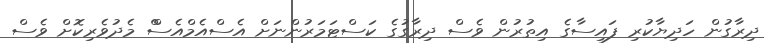
ދިރާގުން ހަދިޔާކުރި ފައިސާގެ އިތުރުން ވެސް ދިރާގުގެ ކަސްޓަމަރުންނަށް އެސްއެމްއެސްް މެދުވެރިކޮށް ވެސް